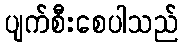
ပျက်စီးစေပါသည်